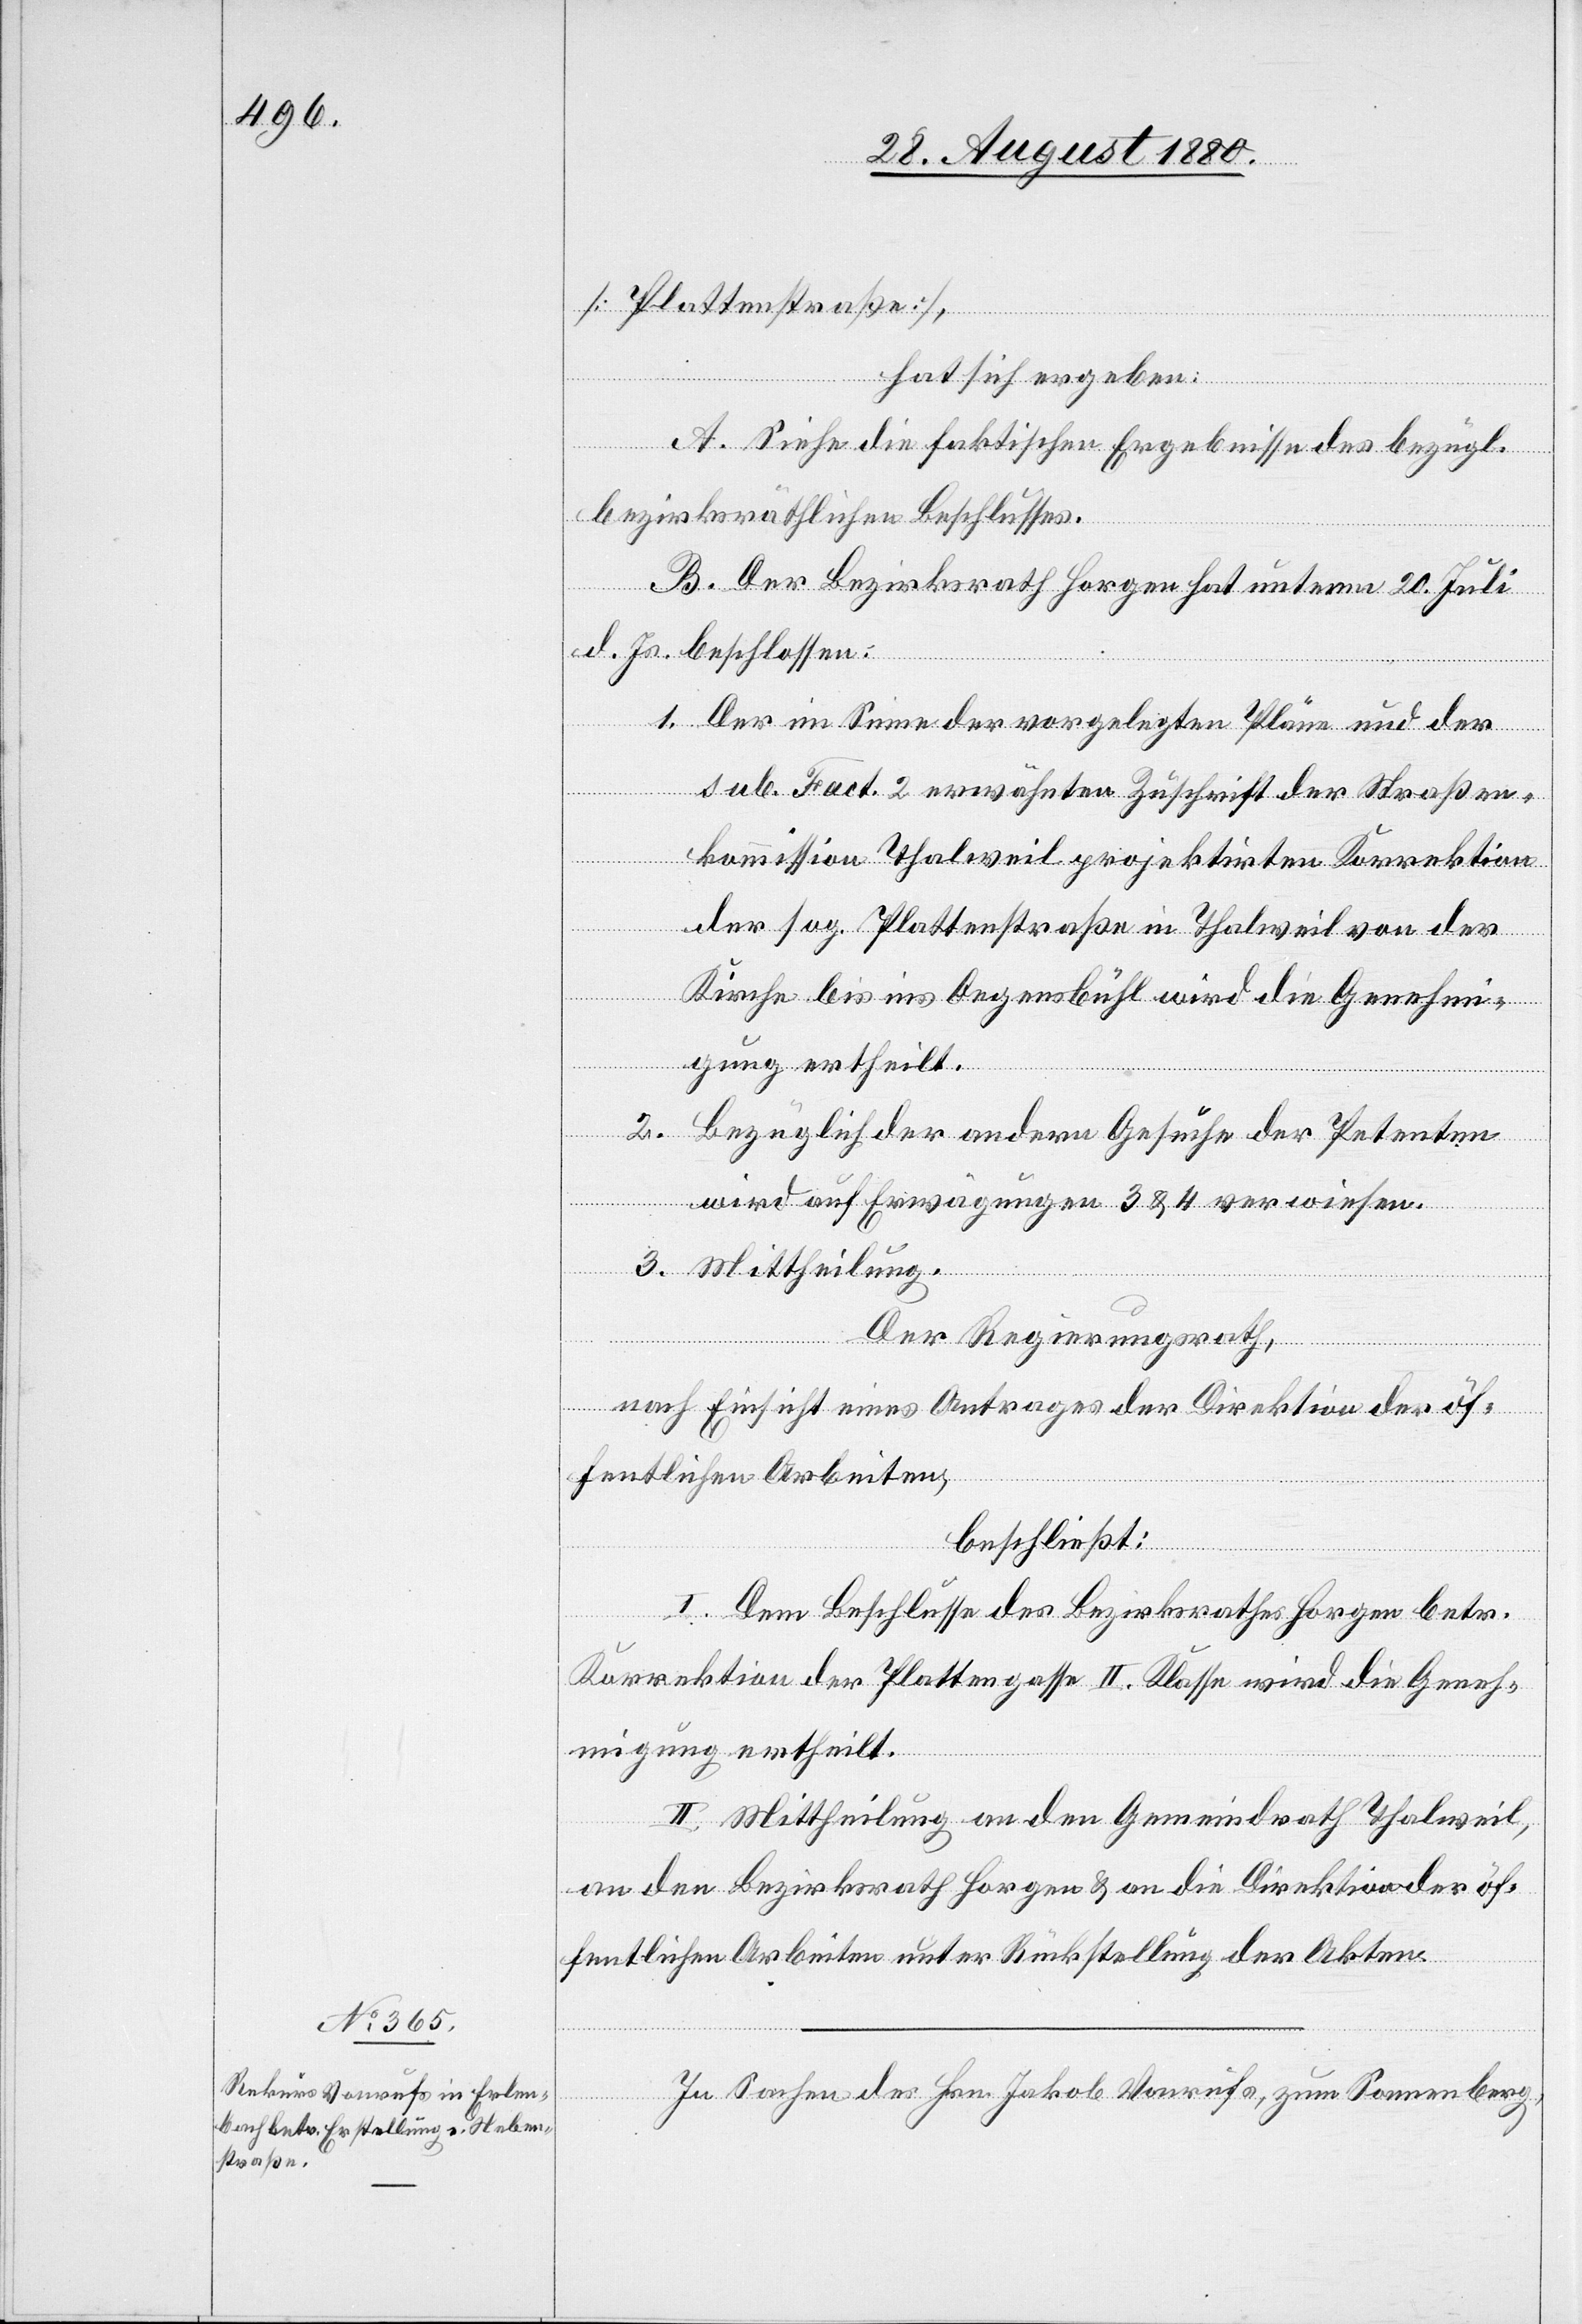
[Plattenstraße]
hat sich ergeben:
A. Siehe die faktischen Ergebnisse des bezügl.
bezirksräthlichen Beschlusses.
B. Der Bezirksrath Horgen hat unterm 20. Juli
d. Js. beschlossen:
1. Der im Sinne der vorgelegten Pläne und der
sub. Fact. 2 erwähnten Zuschrift der Straßen¬
kommission Thalweil projektirten Korrektion
der sog. Plattenstraße in Thalweil von der
Kirche bis ins Oegensbühl wird die Genehmi¬
gung ertheilt.
2. Bezüglich der andern Gesuche der Petenten
wird auf Erwägungen 3 & 4 verweisen.
3. Mittheilung.
Der Regierungsrath,
nach Einsicht eines Antrages der Direktion der öf¬
fentlichen Arbeiten,
beschließt:
I. Dem Beschlusse des Bezirksrathes Horgen betr.
Korrektion der Plattengasse II. Klasse wird die Geneh¬
migung ertheilt.
II. Mittheilung an den Gemeindrath Thalweil,
an den Bezirksrath Horgen & an die Direktion der öf¬
fentlichen Arbeiten unter Rückstellung der Akten.
In Sachen Hrn. Jakob Vonrufs, zum Sonnenberg,